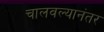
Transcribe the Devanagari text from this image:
चालवल्यानंतर